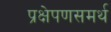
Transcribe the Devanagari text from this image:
प्रक्षेपणसमर्थ